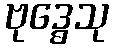
ဗုဒ္ဓေသု